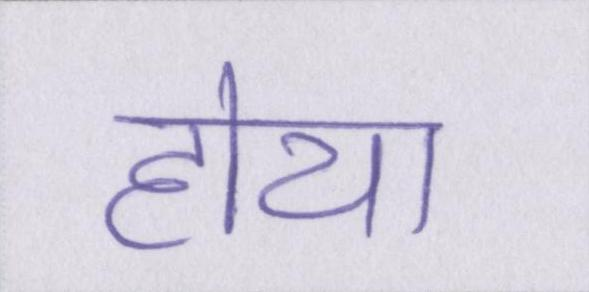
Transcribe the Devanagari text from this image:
होया